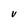
Character: V